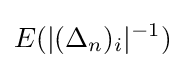
E(|(\Delta _{n})_{i}|^{-1})